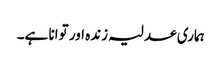
ہماری عدلیہ زندہ اور توانا ہے۔